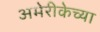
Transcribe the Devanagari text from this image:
अमेरीकेच्या